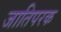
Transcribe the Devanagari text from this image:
जातिपरक